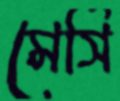
মের্সি